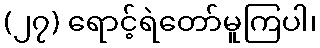
(၂၇) ရောင့်ရဲတော်မူကြပါ၊